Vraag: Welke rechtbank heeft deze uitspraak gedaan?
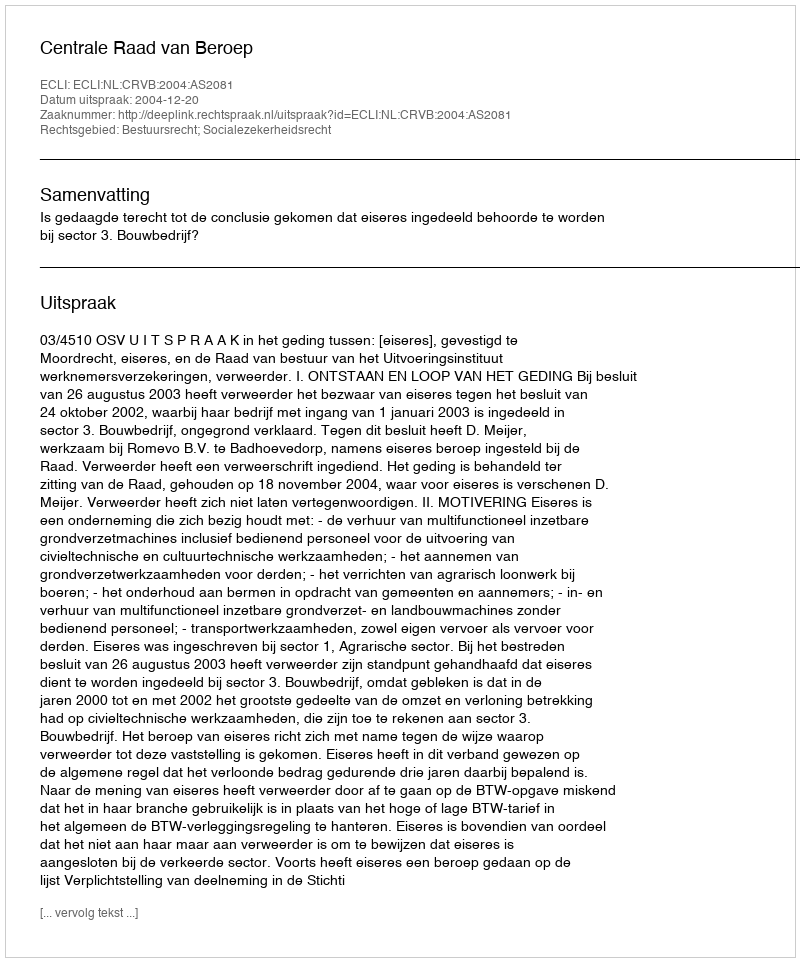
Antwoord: Centrale Raad van Beroep